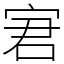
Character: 宭